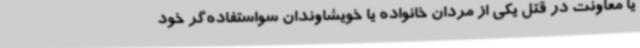
یا معاونت در قتل یکی از مردان خانواده یا خویشاوندان سواستفاده‌گر خود